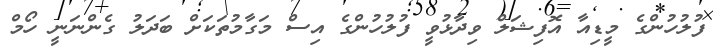
ފުލުހުންގެ މީޑިއާ އޮފިޝަލް ވިދާޅުވީ ފުލުހުންގެ އިސް މަގާމުތަކަށް ބަދަލު ގެންނަނީ ހޯމް